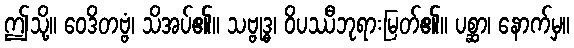
ဤသို့။ ဝေဒိတဗ္ဗံ၊ သိအပ်၏။ သဗ္ဗုဒ္ဓ၊ ဝိပဿီဘုရားမြတ်၏။ ပစ္ဆာ၊ နောက်မှ။